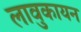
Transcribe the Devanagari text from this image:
लावुकायन